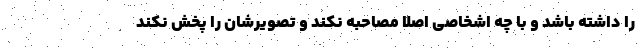
را داشته باشد و با چه اشخاصی اصلا مصاحبه نکند و تصویرشان را پخش نکند